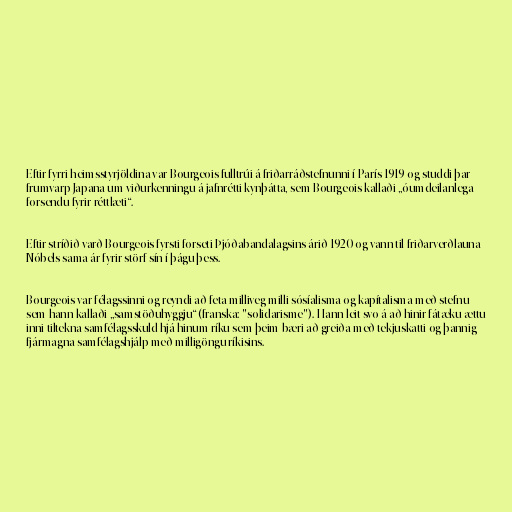
Eftir fyrri heimsstyrjöldina var Bourgeois fulltrúi á friðarráðstefnunni í París 1919 og studdi þar
frumvarp Japana um viðurkenningu á jafnrétti kynþátta, sem Bourgeois kallaði „óumdeilanlega
forsendu fyrir réttlæti“.

Eftir stríðið varð Bourgeois fyrsti forseti Þjóðabandalagsins árið 1920 og vann til friðarverðlauna
Nóbels sama ár fyrir störf sín í þágu þess.

Bourgeois var félagssinni og reyndi að feta milliveg milli sósíalisma og kapítalisma með stefnu
sem hann kallaði „samstöðuhyggju“ (franska: "solidarisme"). Hann leit svo á að hinir fátæku ættu
inni tiltekna samfélagsskuld hjá hinum ríku sem þeim bæri að greiða með tekjuskatti og þannig
fjármagna samfélagshjálp með milligöngu ríkisins.